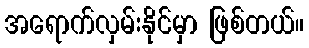
အရောက်လှမ်းနိုင်မှာ ဖြစ်တယ်။